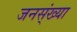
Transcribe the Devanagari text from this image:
जनस्ंख्या